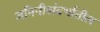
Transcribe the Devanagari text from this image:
जमिनीसंदर्भातील